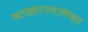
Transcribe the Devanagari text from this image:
व्याख्यानमालेच्या